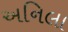
અનિલા